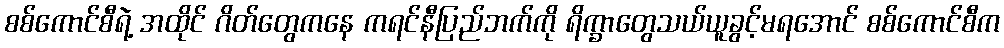
စစ်ကောင်စီရဲ့ အထိုင် ဂိတ်တွေကနေ ကရင်နီပြည်ဘက်ကို ရိက္ခာတွေသယ်ယူခွင့်မရအောင် စစ်ကောင်စီက